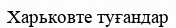
Харьковте туғандар